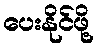
ပေးနိုင်ဖို့